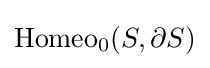
\operatorname {Homeo} _{0}(S,\partial S)